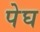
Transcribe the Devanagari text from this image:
पेघ